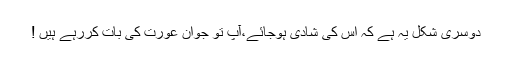
دوسری شکل یہ ہے کہ اس کی شادی ہوجائے،آپ تو جوان عورت کی بات کررہے ہیں !